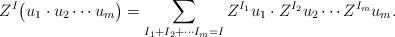
LaTeX: \begin{align*}Z^I\big(u_1\cdot u_2\cdots u_m\big) = \sum_{I_1+I_2+\cdots I_m=I}Z^{I_1}u_1\cdot Z^{I_2}u_2\cdots Z^{I_m}u_m.\end{align*}